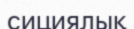
сициялық